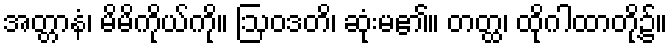
အတ္တာနံ၊ မိမိကိုယ်ကို။ ဩဝဒတိ၊ ဆုံးမ၏။ တတ္ထ၊ ထိုဂါထာတို့၌။